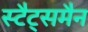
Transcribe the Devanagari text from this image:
स्टैट्समैन